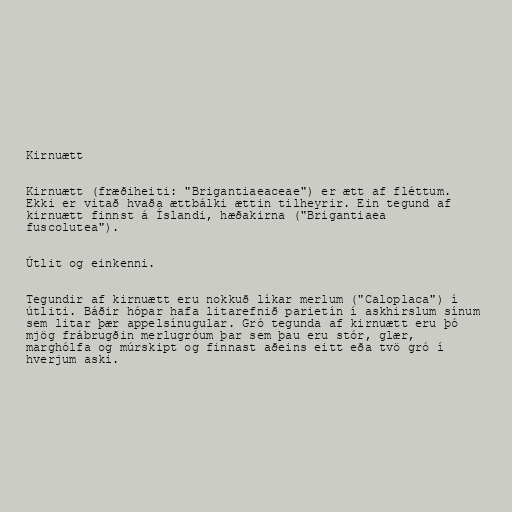
Kirnuætt

Kirnuætt (fræðiheiti: "Brigantiaeaceae") er ætt af fléttum.
Ekki er vitað hvaða ættbálki ættin tilheyrir. Ein tegund af
kirnuætt finnst á Íslandi, hæðakirna ("Brigantiaea
fuscolutea").

Útlit og einkenni.

Tegundir af kirnuætt eru nokkuð líkar merlum ("Caloplaca") í
útliti. Báðir hópar hafa litarefnið parietín í askhirslum sínum
sem litar þær appelsínugular. Gró tegunda af kirnuætt eru þó
mjög frábrugðin merlugróum þar sem þau eru stór, glær,
marghólfa og múrskipt og finnast aðeins eitt eða tvö gró í
hverjum aski.